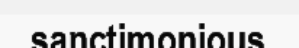
sanctimonious